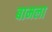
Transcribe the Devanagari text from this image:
बामला